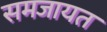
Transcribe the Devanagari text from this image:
समजायत